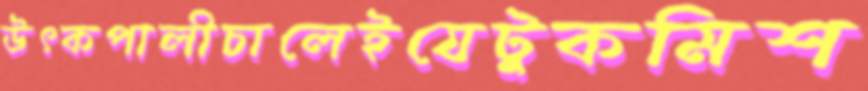
উৎকপালীচালেইযেটুকমিশ